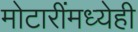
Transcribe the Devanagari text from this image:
मोटारींमध्येही